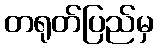
တရုတ်ပြည်မှ